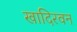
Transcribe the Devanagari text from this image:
खादिरवन